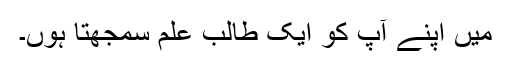
میں اپنے آپ کو ایک طالب علم سمجھتا ہوں۔